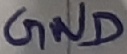
Text: GND